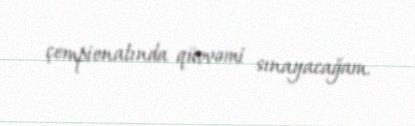
çempionatında qüvvəmi sınayacağam.